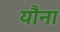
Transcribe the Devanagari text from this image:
यौना